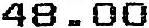
48.00